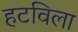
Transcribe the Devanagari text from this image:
हटविला